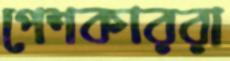
পেশকাররা